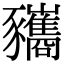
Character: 𧲚